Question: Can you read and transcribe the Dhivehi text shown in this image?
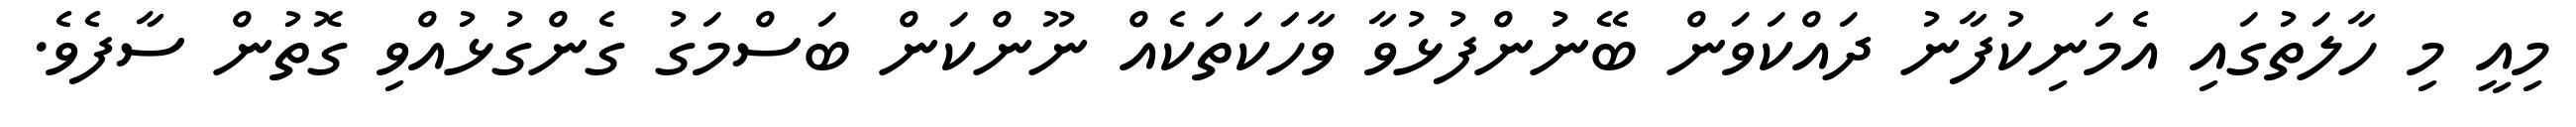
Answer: މިއީ މި ހާލަތުގައި އެމަނިކުފާނު ދައްކަވަން ބޭނުންފުޅުވާ ވާހަަކަތަކެއް ނޫންކަން ބަސްމަގު ގެންގުޅުއްވި ގޮތުން ސާފެވެ.